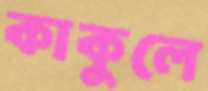
কাকুলে